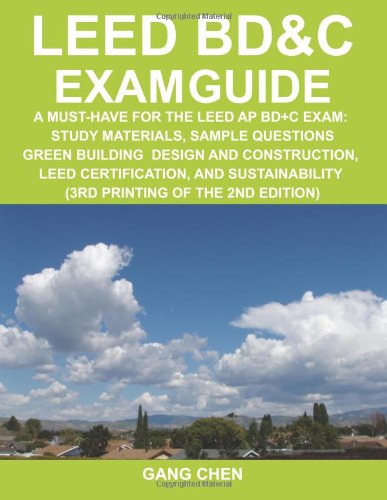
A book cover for LEED BD&C Exam Guide: A Must-Have for the LEED AP BD+C Exam: Study Materials, Sample Questions, Green Building Design and Construction, LEED ... of the 2nd Edition) (Leed Exam Guides); Gang Chen; Crafts, Hobbies & Home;